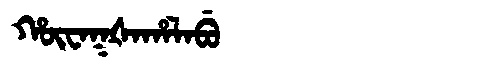
Manchu: ᡥᡡᠸᠠᡴᡧᠠᡥᠠᠯᠠᠪᡠ
Romanization: HŪWAKŠAHALABU